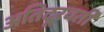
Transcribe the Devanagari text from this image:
अतिदूरवर्ती